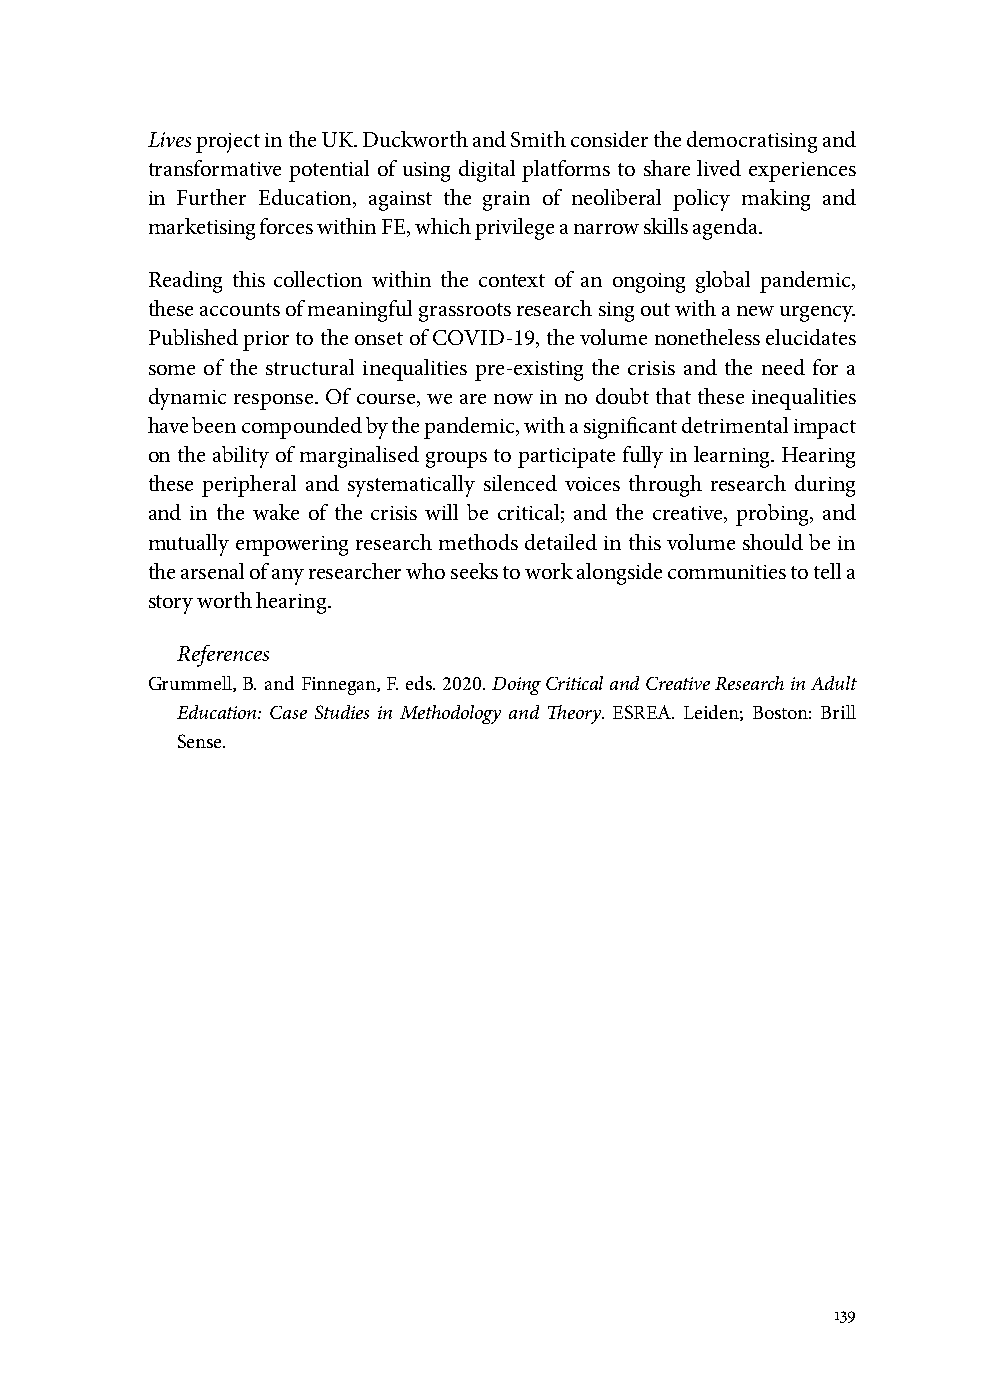
Lives project in the UK. Duckworth and Smith consider the democratising and
 transformative potential of using digital platforms to share lived experiences
 in Further Education, against the grain of neoliberal policy making and
 marketising forces within FE, which privilege a narrow skills agenda.
 Reading this collection within the context of an ongoing global pandemic,
 these accounts of meaningful grassroots research sing out with a new urgency.
 Published prior to the onset of COVID-19, the volume nonetheless elucidates
 some of the structural inequalities pre-existing the crisis and the need for a
 dynamic response. Of course, we are now in no doubt that these inequalities
 have been compounded by the pandemic, with a significant detrimental impact
 on the ability of marginalised groups to participate fully in learning. Hearing
 these peripheral and systematically silenced voices through research during
 and in the wake of the crisis will be critical; and the creative, probing, and
 mutually empowering research methods detailed in this volume should be in
 the arsenal of any researcher who seeks to work alongside communities to tell a
 story worth hearing.
 References
 Grummell, B. and Finnegan, F. eds. 2020. Doing Critical and Creative Research in Adult
 Education: Case Studies in Methodology and Theory. ESREA. Leiden; Boston: Brill
 Sense.
 139